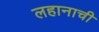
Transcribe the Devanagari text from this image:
लहानाची